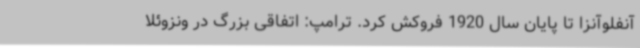
آنفلوآنزا تا پایان سال 1920 فروکش کرد. ترامپ: اتفاقی بزرگ در ونزوئلا